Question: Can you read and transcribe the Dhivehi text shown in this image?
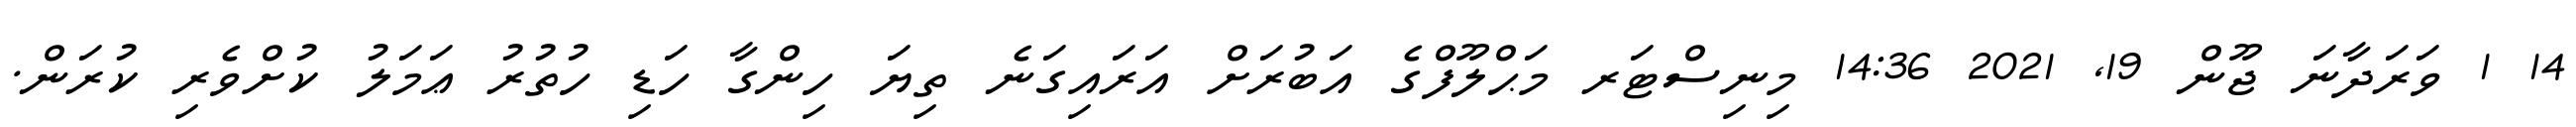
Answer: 14 1 ވަރަދާނަ ޖޫން 19, 2021 14:36 މިނިސްޓަރ މަޙްލޫފްގެ އަބުރަށް އަރައިގަނެ ތިޔަ ހިންގާ ހަޑި ހުތުރު ޢަމަލު ކުށްވެރި ކުރަން.